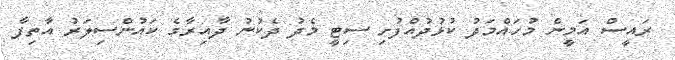
ރައީސް އަމީން މުހައްމަދު ކުޅުދުއްފުށި ސިޓީ މެދު ދެކުނު ދާއިރާގެ ކައުންސިލަރު އާތިފާ